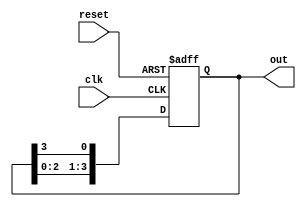
module ring_counter #(
    parameter N = 4  // Number of memory blocks (states)
)(
    input wire clk,          // Clock signal
    input wire reset,        // Reset signal
    output reg [N-1:0] out   // Output representing the state of the ring counter
);

// Internal state variable
reg [N-1:0] state;

// Always block triggered on the rising edge of the clock or on reset
always @(posedge clk or posedge reset) begin
    if (reset) begin
        // Initialize the counter: first memory block set to '1', others to '0'
        state <= 1'b1;  // Set the first bit to '1'
    end else begin
        // Shift the '1' to the next memory block
        state <= {state[N-2:0], state[N-1]}; // Rotate left
    end
end

// Assign the state to the output
always @(state) begin
    out <= state;
end

endmodule